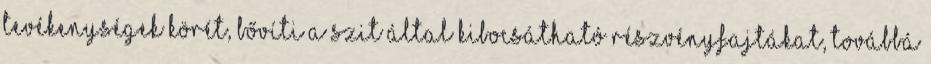
tevékenységek körét, bővíti a SZIT által kibocsátható részvényfajtákat, továbbá